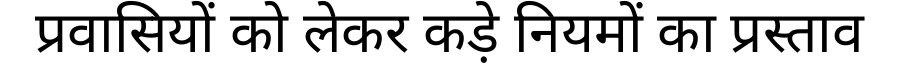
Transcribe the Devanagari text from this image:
प्रवासियों को लेकर कड़े नियमों का प्रस्ताव